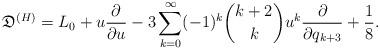
LaTeX: \begin{align*}\mathfrak{D}^{(H)}=L_0+u\frac{\partial}{\partial u}-3\sum_{k=0}^{\infty}(-1)^k\binom{k+2}{k}u^{k}\frac{\partial}{\partial q_{k+3}}+\frac{1}{8}.\end{align*}